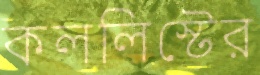
কললিস্টের